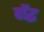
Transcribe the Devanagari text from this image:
बॉद्ध